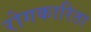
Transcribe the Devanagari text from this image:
रोगकारिता